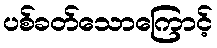
ပစ်ခတ်သောကြောင့်